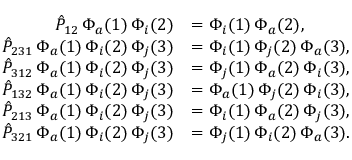
\begin{array} { r l } { \hat { P } _ { 1 2 } \, \Phi _ { a } ( 1 ) \, \Phi _ { i } ( 2 ) } & { = \Phi _ { i } ( 1 ) \, \Phi _ { a } ( 2 ) \mathrm { , } } \\ { \hat { P } _ { 2 3 1 } \, \Phi _ { a } ( 1 ) \, \Phi _ { i } ( 2 ) \, \Phi _ { j } ( 3 ) } & { = \Phi _ { i } ( 1 ) \, \Phi _ { j } ( 2 ) \, \Phi _ { a } ( 3 ) \mathrm { , } } \\ { \hat { P } _ { 3 1 2 } \, \Phi _ { a } ( 1 ) \, \Phi _ { i } ( 2 ) \, \Phi _ { j } ( 3 ) } & { = \Phi _ { j } ( 1 ) \, \Phi _ { a } ( 2 ) \, \Phi _ { i } ( 3 ) \mathrm { , } } \\ { \hat { P } _ { 1 3 2 } \, \Phi _ { a } ( 1 ) \, \Phi _ { i } ( 2 ) \, \Phi _ { j } ( 3 ) } & { = \Phi _ { a } ( 1 ) \, \Phi _ { j } ( 2 ) \, \Phi _ { i } ( 3 ) \mathrm { , } } \\ { \hat { P } _ { 2 1 3 } \, \Phi _ { a } ( 1 ) \, \Phi _ { i } ( 2 ) \, \Phi _ { j } ( 3 ) } & { = \Phi _ { i } ( 1 ) \, \Phi _ { a } ( 2 ) \, \Phi _ { j } ( 3 ) \mathrm { , } } \\ { \hat { P } _ { 3 2 1 } \, \Phi _ { a } ( 1 ) \, \Phi _ { i } ( 2 ) \, \Phi _ { j } ( 3 ) } & { = \Phi _ { j } ( 1 ) \, \Phi _ { i } ( 2 ) \, \Phi _ { a } ( 3 ) \mathrm { . } } \end{array}